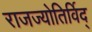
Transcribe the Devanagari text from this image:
राजज्योतिर्विद्